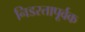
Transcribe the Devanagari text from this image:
निडरतापूर्वक